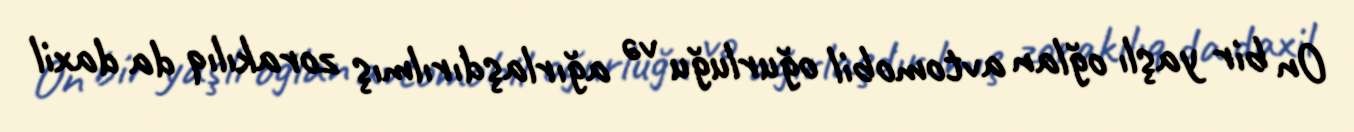
On bir yaşlı oğlan avtomobil oğurluğu və ağırlaşdırılmış zorakılıq da daxil